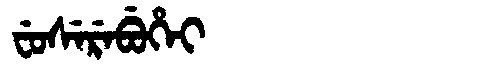
Manchu: ᠸᡠᠰᡝᡵᡝᠪᡠᡥᡝᡳ
Romanization: FUSEREBUHEI